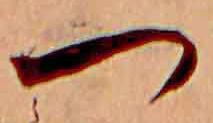
つ